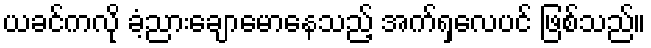
ယခင်ကလို ခံ့ညားချောမောနေသည့် အက်ရှလေပင် ဖြစ်သည်။